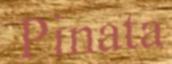
Pinata